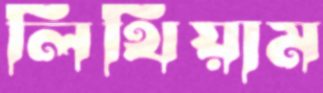
লিথিয়াম